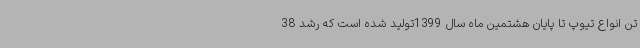
تن انواع تیوپ تا پایان هشتمین ماه سال 1399تولید شده است که رشد 38